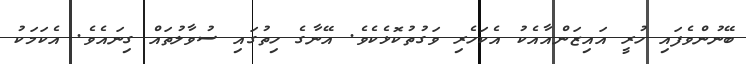
ބޭނުންވެފައި ހުރީ އައިޒަންއާއެކު އެކަހެރި ވަގުތުކޮޅެކެވެ. އޭނާގެ ހިތުގައި ސުވާލުތައް ގިނައެވެ. އެކަމަކު